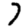
Digit: 7